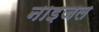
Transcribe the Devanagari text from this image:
नाइजल